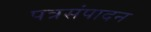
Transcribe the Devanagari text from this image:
पत्रसंपादन